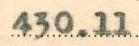
430.11